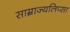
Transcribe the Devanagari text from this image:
साम्राज्यलिप्सा